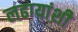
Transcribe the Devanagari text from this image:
लढायांशी